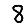
Digit: 8